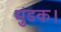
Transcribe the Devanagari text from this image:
मुंडक।